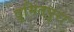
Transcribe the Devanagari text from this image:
दुमितपुरा